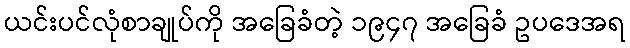
ယင်းပင်လုံစာချုပ်ကို အခြေခံတဲ့ ၁၉၄၇ အခြေခံ ဥပဒေအရ